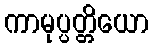
ကာမုပ္ပတ္တိယော